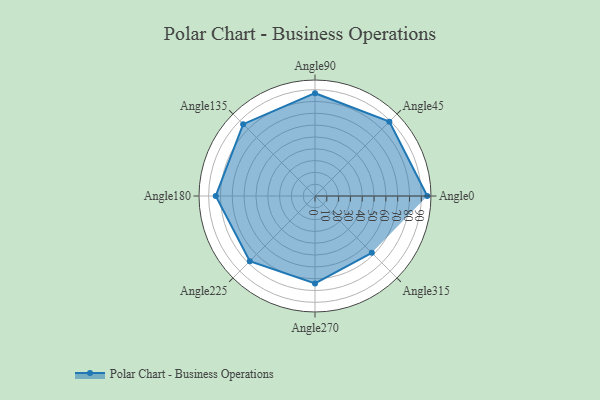
{"axis": {"x": "Angle", "y": "Radius"}, "legend": [""], "data": [{"x": "Angle0", "y": 95.0, "type": ""}, {"x": "Angle45", "y": 89.0, "type": ""}, {"x": "Angle90", "y": 87.0, "type": ""}, {"x": "Angle135", "y": 86.0, "type": ""}, {"x": "Angle180", "y": 84.0, "type": ""}, {"x": "Angle225", "y": 78.0, "type": ""}, {"x": "Angle270", "y": 74.0, "type": ""}, {"x": "Angle315", "y": 68.0, "type": ""}]}